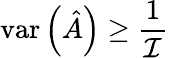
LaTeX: \mathrm{var}\left({\hat{A}}\right)\geq{\frac{1}{\mathcal{I}}}